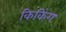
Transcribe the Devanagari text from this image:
किकिंग